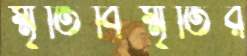
স্মৃতিবিস্মৃতির